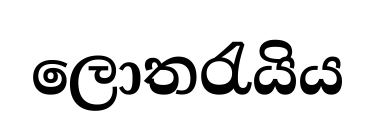
ලොතරැයිය